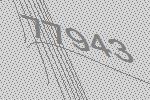
77943